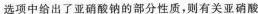
选项中给出了亚硝酸钠的部分性质，则有关亚硝酸